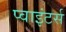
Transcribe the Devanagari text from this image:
प्वाइंटर्स